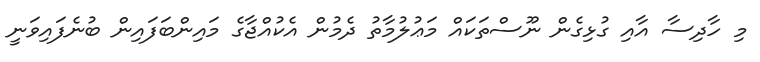
މި ހާދިސާ އާއި ގުޅިގެން ނޫސްތަކައް މަޢުލުމާތު ދެމުން އެކުއްޖާގެ މައިންބަފައިން ބުނެފައިވަނީ